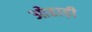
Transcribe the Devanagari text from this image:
ओहाड़ी